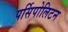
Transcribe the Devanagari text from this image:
पर्सिपोलिटन